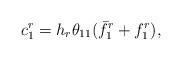
LaTeX: \begin{align*}c_1^r &= h_r\theta_{11} (\bar{f}_1^r + f_1^r),\end{align*}